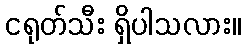
ငရုတ်သီး ရှိပါသလား။